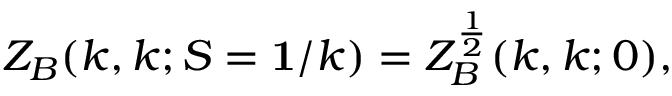
Z _ { B } ( k , k ; S = { \bf 1 } / k ) = Z _ { B } ^ { \frac { 1 } { 2 } } ( k , k ; 0 ) ,